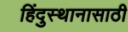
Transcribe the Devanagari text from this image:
हिंदुस्थानासाठी